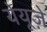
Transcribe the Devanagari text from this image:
येयूज़े